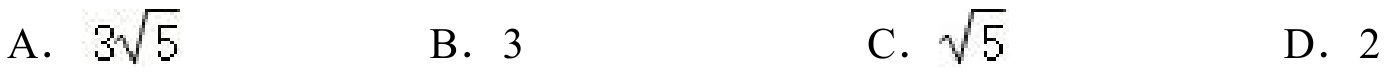
A. $3\sqrt{5}$  \qquad B. $3$ \qquad C. $\sqrt{5}$ \qquad D. $2$